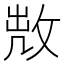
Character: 𢽘